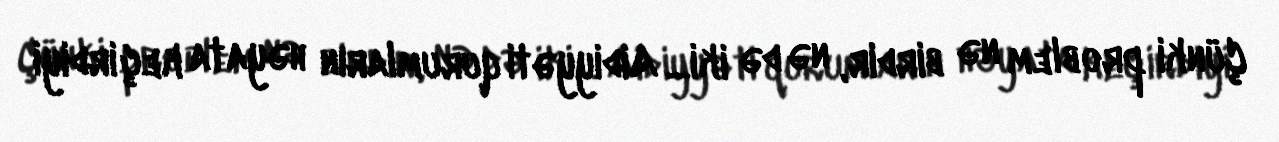
Çünki problem nə birdir, nə də iki... Aidiyyəti qurumların həyata keçirdiyi